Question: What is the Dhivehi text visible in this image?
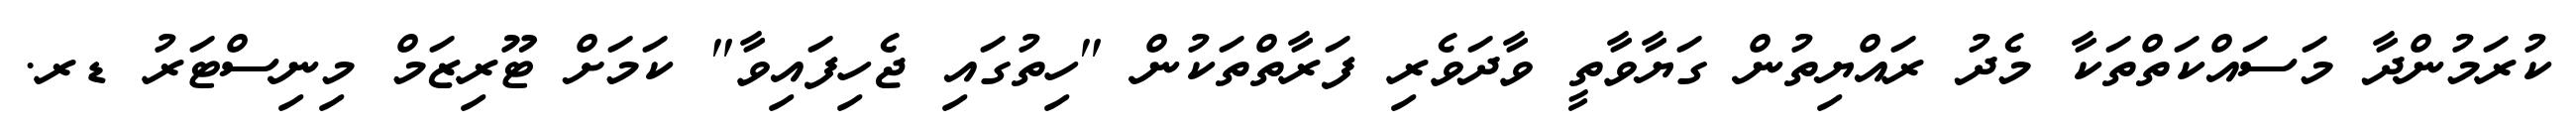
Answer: ކުރަމުންދާ މަސައްކަތްތަކާ މެދު ރައްޔިތުން ގަޔާވާތީ ވާދަވެރި ފަރާތްތަކުން "ހިތުގައި ޖެހިފައިވާ" ކަމަށް ޓޫރިޒަމް މިނިސްޓަރު ޑރ.